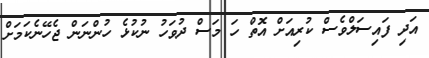
އަދި ފައިސަލްވެސް ކުރިއަށް އޮތް ހަ މަސް ދުވަހު ނުކުޅެ ހުންނަން ޖެހޭނެކަމަށް